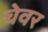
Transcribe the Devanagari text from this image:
चेवर